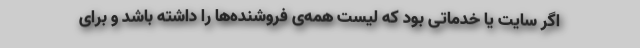
اگر سایت یا خدماتی بود که لیست همه‌ی فروشنده‌ها را داشته باشد و برای